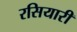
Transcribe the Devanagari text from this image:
रसियारी